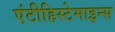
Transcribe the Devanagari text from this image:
एंटीहिस्टेमाइन्स